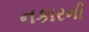
નકારની